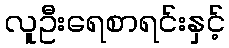
လူဦးရေစာရင်းနှင့်